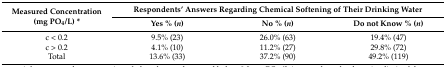
<table><thead><tr><td rowspan="2"><b>Measured Concentration (mg PO<sub>4</sub>/L) *</b></td><td colspan="3"><b>Respondents’ Answers Regarding Chemical Softening of Their Drinking Water</b></td></tr><tr><td><b>Yes % (<i>n</i>)</b></td><td><b>No % (<i>n</i>)</b></td><td><b>Do not Know % (<i>n</i>)</b></td></tr></thead><tbody><tr><td>c &lt; 0.2</td><td>9.5% (23)</td><td>26.0% (63)</td><td>19.4% (47)</td></tr><tr><td>c &gt; 0.2</td><td>4.1% (10)</td><td>11.2% (27)</td><td>29.8% (72)</td></tr><tr><td>Total</td><td>13.6% (33)</td><td>37.2% (90)</td><td>49.2% (119)</td></tr></tbody></table>